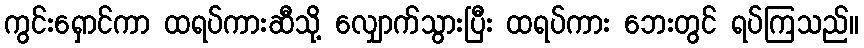
ကွင်းရှောင်ကာ ထရပ်ကားဆီသို့ လျှောက်သွားပြီး ထရပ်ကား ဘေးတွင် ရပ်ကြသည်။